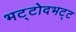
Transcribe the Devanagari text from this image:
भट्टोदभट्ट